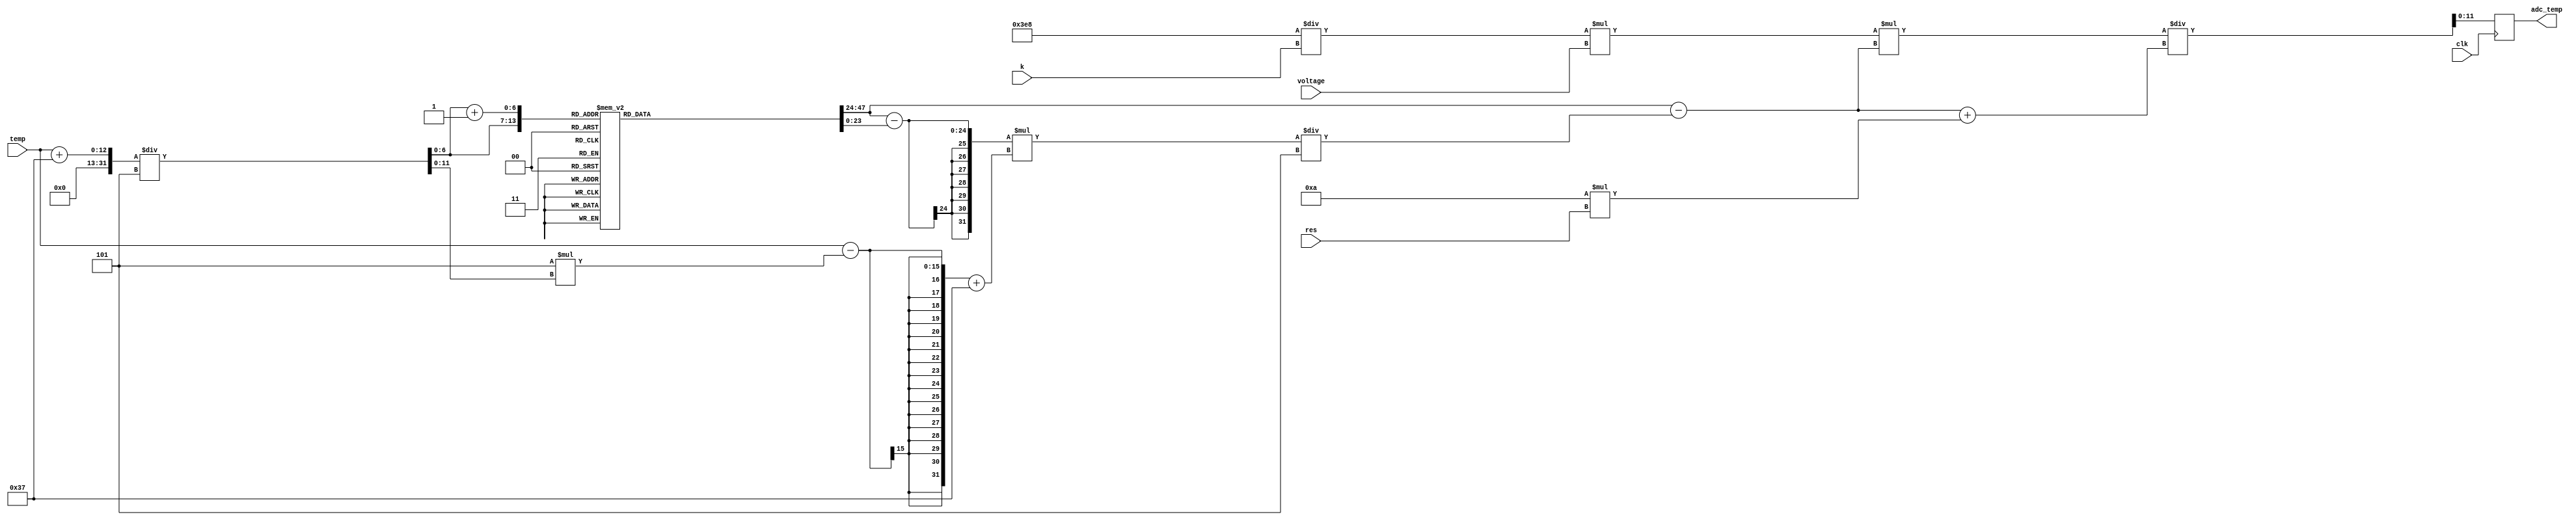
module temp_adctemp(
	input 	wire							clk,
	input		wire	signed	[11:0]	temp,
	input		wire				[31:0]	res,
	input		wire				[31:0]	voltage,	//   k
	input		wire				[31:0]	k,
	output	reg 				[11:0]	adc_temp);
	
	reg [23:0]	mem	[0:71];
	reg [11:0]	a;
	reg [31:0]	rt;
	
	always @(posedge clk)
	begin
		a = (temp +'d55) / 'd5;
		rt = mem[a] - (mem[a] - mem[a + 'd1]) * (temp - 'd5 * a + 'd55) / 'd5;
		adc_temp = (('d1000 / k) * voltage * rt) / (rt + 'd10 * res);
	end
	
	//      ()
	initial
	begin
		mem[0]  = 'd107232360;
		mem[1]  = 'd73666890;
		mem[2]  = 'd51327570;
		mem[3]  = 'd36241650;
		mem[4]  = 'd25913040;
		mem[5]  = 'd18749130;
		mem[6]  = 'd13718860;
		mem[7]  = 'd10145450;
		mem[8]  = 'd7578810;
		mem[9]  = 'd5715900;
		mem[10] = 'd4350260;
		mem[11] = 'd3339640;
		mem[12] = 'd2584970;
		mem[13] = 'd2016590;
		mem[14] = 'd1584990;
		mem[15] = 'd1254680;
		mem[16] = 'd1000000;
		mem[17] = 'd802230;
		mem[18] = 'd647590;
		mem[19] = 'd525890;
		mem[20] = 'd429510;
		mem[21] = 'd352720;
		mem[22] = 'd291190;
		mem[23] = 'd241610;
		mem[24] = 'd201440;
		mem[25] = 'd168740;
		mem[26] = 'd141980;
		mem[27] = 'd119980;
		mem[28] = 'd101810;
		mem[29] = 'd86740;
		mem[30] = 'd74190;
		mem[31] = 'd63690;
		mem[32] = 'd54870;
		mem[33] = 'd47440;
		mem[34] = 'd41150;
		mem[35] = 'd35810;
		mem[36] = 'd31260;
		mem[37] = 'd27370;
		mem[38] = 'd24040;
		mem[39] = 'd21170;
		mem[40] = 'd18690;
		mem[41] = 'd16550;
		mem[42] = 'd14690;
		mem[43] = 'd13070;
		mem[44] = 'd11660;
		mem[45] = 'd10430;
		mem[46] = 'd9345;
		mem[47] = 'd8393;
		mem[48] = 'd7554;
		mem[49] = 'd6813;
		mem[50] = 'd6158;
		mem[51] = 'd5576;
		mem[52] = 'd5059;
		mem[53] = 'd4599;
		mem[54] = 'd4188;
		mem[55] = 'd3820;
		mem[56] = 'd3491;
		mem[57] = 'd3195;
		mem[58] = 'd2929;
		mem[59] = 'd2690;
		mem[60] = 'd2473;
		mem[61] = 'd2278;
		mem[62] = 'd2101;
		mem[63] = 'd1941;
		mem[64] = 'd1795;
		mem[65] = 'd1663;
		mem[66] = 'd1542;
		mem[67] = 'd1432;
		mem[68] = 'd1332;
		mem[69] = 'd1240;
		mem[70] = 'd1155;
		mem[71] = 'd1078;
	end
	
endmodule